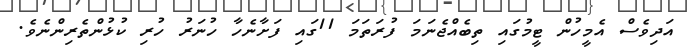
އަދިވެސް އެމީހުން ޓީމުގައި ތިބެއްޖެނަމަ ފުރަތަމަ 11ގައި ފަށާނެހާ ހުނަރު ހުރި ކުޅުންތެރިންނެވެ.